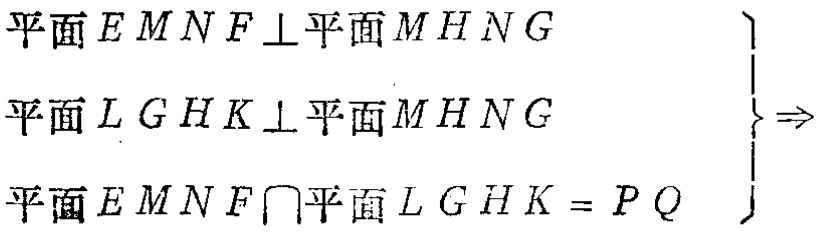
\begin{align*}
&平面EMNF\perp平面MHNG\\
&平面LGHK\perp平面MHNG\\
&平面EMNF\cap平面LGHK = PQ
\end{align*} \Rightarrow